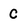
Character: C